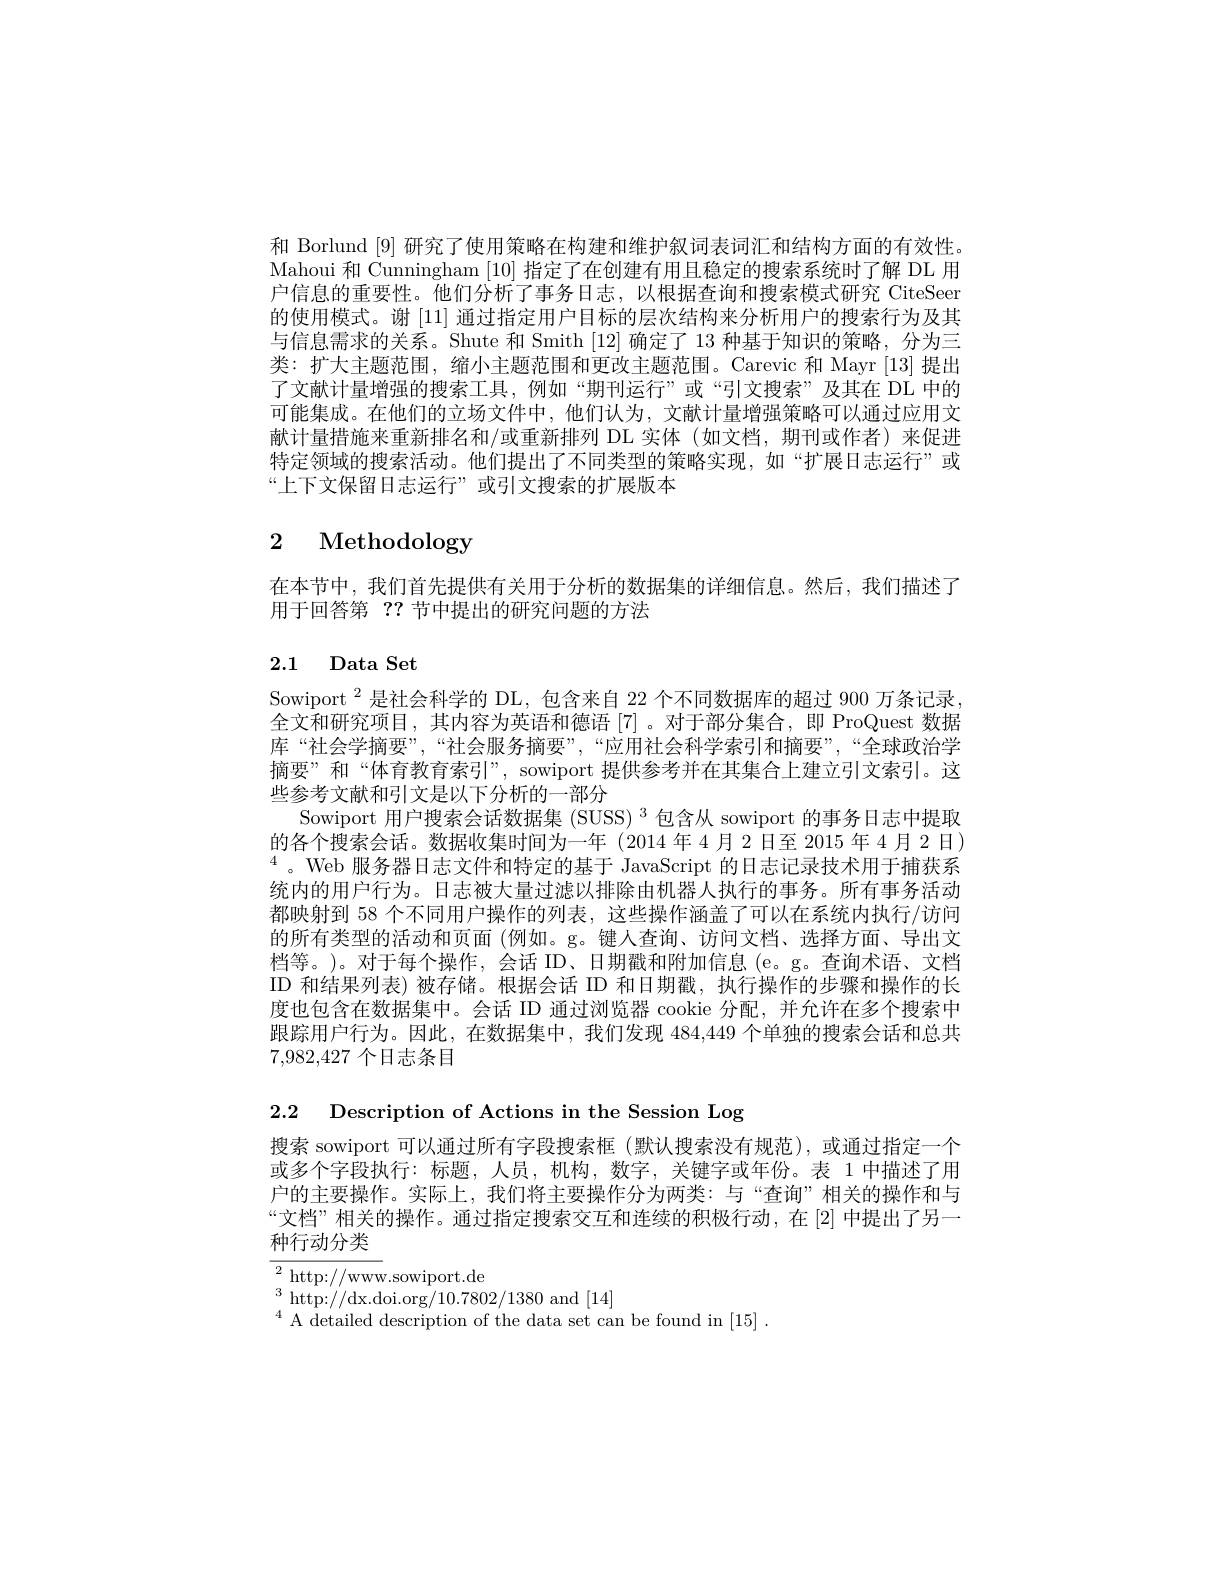
和 Borlund [9] 研究了使用策略在构建和维护叙词表词汇和结构方面的有效性。Mahoui 和 Cunningham [10]指定了在创建有用且稳定的搜索系统时了解 DL 用户信息的重要性。他们分析了事务日志，以根据查询和搜索模式研究 CiteSeer 的使用模式。谢[11]通过指定用户目标的层次结构来分析用户的搜索行为及其与信息需求的关系。Shute 和 Smith [12]确定了 13 种基于知识的策略，分为三类：扩大主题范围，缩小主题范围和更改主题范围。Carevic 和 Mayr [13] 提出了文献计量增强的搜索工具，例如“期刊运行”或“引文搜索”及其在 DL 中的可能集成。在他们的立场文件中，他们认为，文献计量增强策略可以通过应用文献计量措施来重新排名和/或重新排列 DL 实体(如文档，期刊或作者)来促进特定领域的搜索活动。他们提出了不同类型的策略实现，如“扩展日志运行”或“上下文保留日志运行”或引文搜索的扩展版本

# 2 Methodology

在本节中，我们首先提供有关用于分析的数据集的详细信息。然后，我们描述了
用于回答第？?节中提出的研究问题的方法

# 2.1 Data Set

Sowiport $^{2}$是社会科学的 DL, 包含来自 22 个不同数据库的超过 900 万条记录全文和研究项目，其内容为英语和德语[7]。对于部分集合，即 ProQuest 数据库“社会学摘要”,“社会服务摘要”,“应用社会科学索引和摘要”,“全球政治学摘要”和“体育教育索引”, sowiport 提供参考并在其集合上建立引文索引。这些参考文献和引文是以下分析的一部分
Sowiport 用户搜索会话数据集 (SUSS) $^3$包含从 sowiport 的事务日志中提取的各个搜索会话。数据收集时间为一年(2014年4月2日至2015年4月2日) $^{4}$。Web 服务器日志文件和特定的基于 JavaScript 的日志记录技术用于捕获系统内的用户行为。日志被大量过滤以排除由机器人执行的事务。所有事务活动都映射到 58 个不同用户操作的列表，这些操作涵盖了可以在系统内执行/访问的所有类型的活动和页面(例如。g。键人查询、访问文档、选择方面、导出文档等。)。对于每个操作，会话 ID、日期戳和附加信息 (e。g。查询术语、文档ID 和结果列表)被存储。根据会话 ID 和日期戳，执行操作的步骤和操作的长度也包含在数据集中。会话 ID 通过浏览器 cookie 分配，并允许在多个搜索中跟踪用户行为。因此，在数据集中，我们发现 484,449 个单独的搜索会话和总共7,982,427个日志条目

2.2 Description of Actions in the Session Log

搜索 sowiport 可以通过所有字段搜索框 (默认搜索没有规范),或通过指定一个或多个字段执行：标题，人员，机构，数字，关键字或年份。表 1 中描述了用户的主要操作。实际上，我们将主要操作分为两类：与“查询”相关的操作和与“文档”相关的操作。通过指定搜索交互和连续的积极行动，在[2]中提出了另一

种行动分类

${\overline{{2}}}_{3}^{2}$http://www.sowiport.de
$^{4}$ A detailed description of the data set can be found in [15].